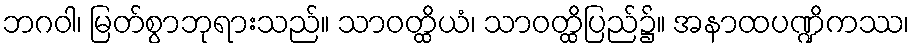
ဘဂဝါ၊ မြတ်စွာဘုရားသည်။ သာဝတ္ထိယံ၊ သာဝတ္ထိပြည်၌။ အနာထပဏ္ဍိကဿ၊